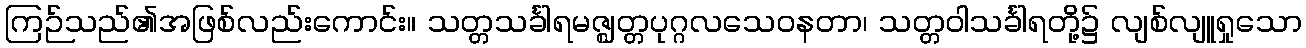
ကြဉ်သည်၏အဖြစ်လည်းကောင်း။ သတ္တသင်္ခါရမဇ္ဈတ္တပုဂ္ဂလသေဝနတာ၊ သတ္တဝါသင်္ခါရတို့၌ လျစ်လျူရှုသော